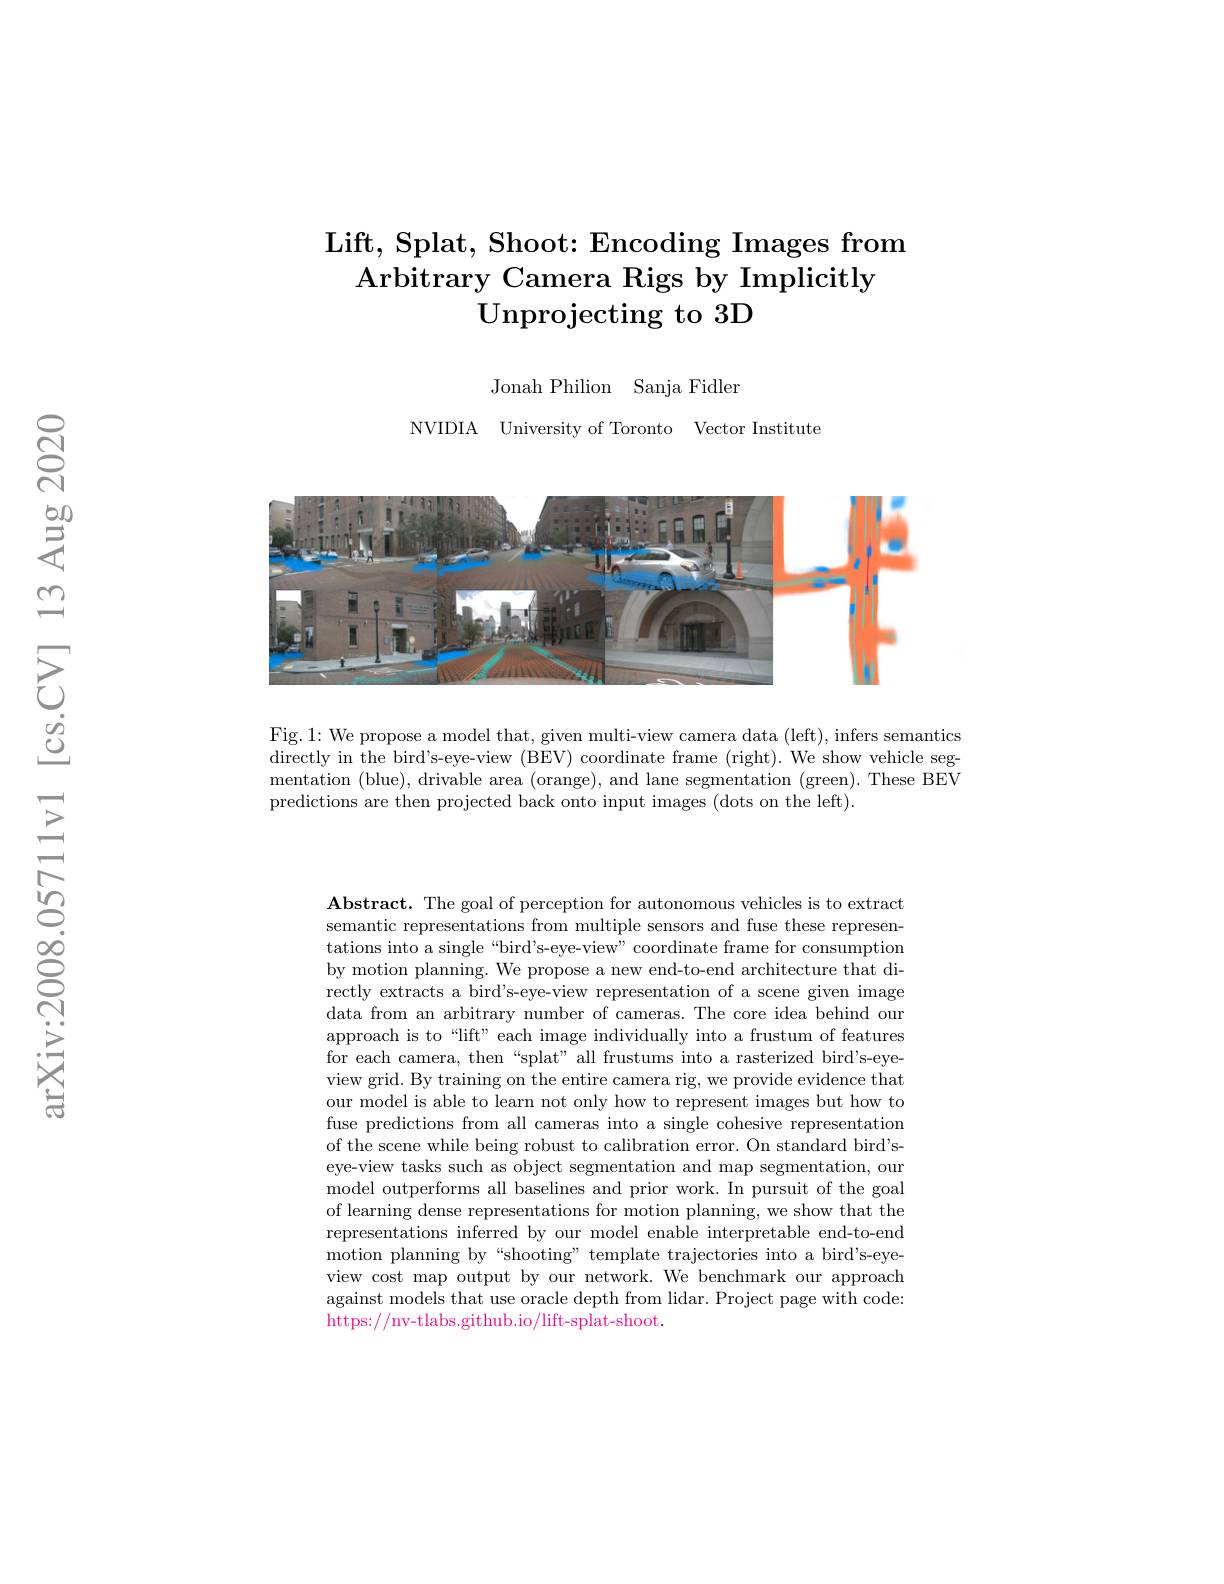
# Lift, Splat, Shoot: Encoding Images from Arbitrary Camera Rigs by Implicitly $\textbf{Unprojecting to 3D}$

Jonah Philion Sanja Fidler

NVIDIA University of Toronto Vector Institute

<FigureHere>

Fig.1: We propose a model that, given multi-view camera data (left), infers semantics directly in the bird's-eye-view (BEV) coordinate frame (right). We show vehicle segmentation (blue), drivable area (orange), and lane segmentation (green). These BEV predictions are then projected back onto input images (dots on the left).

$\mathbf{Abstract.~The~goal~of~perception~for~autonomous~vehicles~is~to~extract}$ semantic representations from multiple sensors and fuse these representations into a single“bird's-eye-view”coordinate frame for consumption by motion planning. We propose a new end-to-end architecture that directly extracts a bird's-eye-view representation of a scene given image data from an arbitrary number of cameras. The core idea behind our approach is to“lift” each image individually into a frustum of features for each camera, then “splat” all frustums into a rasterized bird's-eyeview grid. By training on the entire camera rig, we provide evidence that our model is able to learn not only how to represent images but how to fuse predictions from all cameras into a single cohesive representation of the scene while being robust to calibration error. On standard bird'seye-view tasks such as object segmentation and map segmentation, our model outperforms all baselines and prior work. In pursuit of the goal of learning dense representations for motion planning, we show that the representations inferred by our model enable interpretable end-to-end motion planning by“shooting” template trajectories into a bird's-eyeview cost map output by our network. We benchmark our approach against models that use oracle depth from lidar. Project page with code: https://nv-tlabs.github.io/lift-splat-shoot.